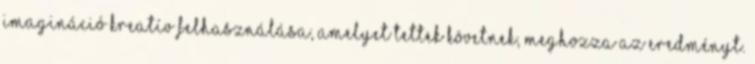
imagináció kreatív felhasználása, amelyet tettek követnek, meghozza az eredményt.